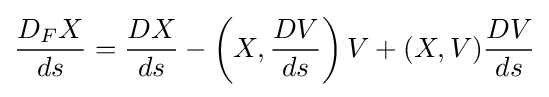
{\frac {D_{F}X}{ds}}={\frac {DX}{ds}}-\left(X,{\frac {DV}{ds}}\right)V+(X,V){\frac {DV}{ds}}